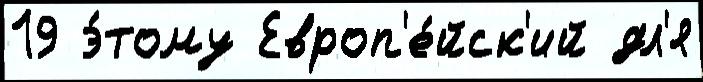
19 э́тому Европ'е́йск'ий дл'я